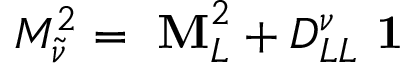
{ \cal M } _ { \tilde { \nu } } ^ { 2 } = \mathrm { \bf ~ M } _ { L } ^ { 2 } + D _ { L L } ^ { \nu } \mathrm { \bf ~ 1 }